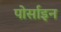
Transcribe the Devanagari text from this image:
पोर्साइन